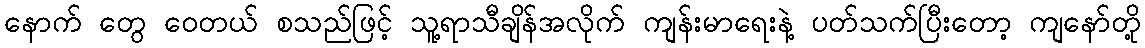
နောက် တွေ ဝေတယ် စသည်ဖြင့် သူ့ရာသီချိန်အလိုက် ကျန်းမာရေးနဲ့ ပတ်သက်ပြီးတော့ ကျနော်တို့